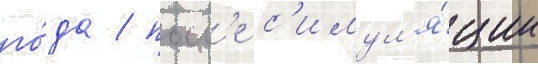
го́да / посл'е с'имул'я́ции